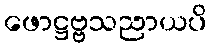
ဖောဋ္ဌဗ္ဗသညာယပိ